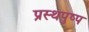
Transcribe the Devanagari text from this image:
प्रस्थपुष्प